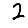
Digit: 2